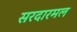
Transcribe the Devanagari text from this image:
सरदारमल